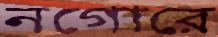
নগোরে